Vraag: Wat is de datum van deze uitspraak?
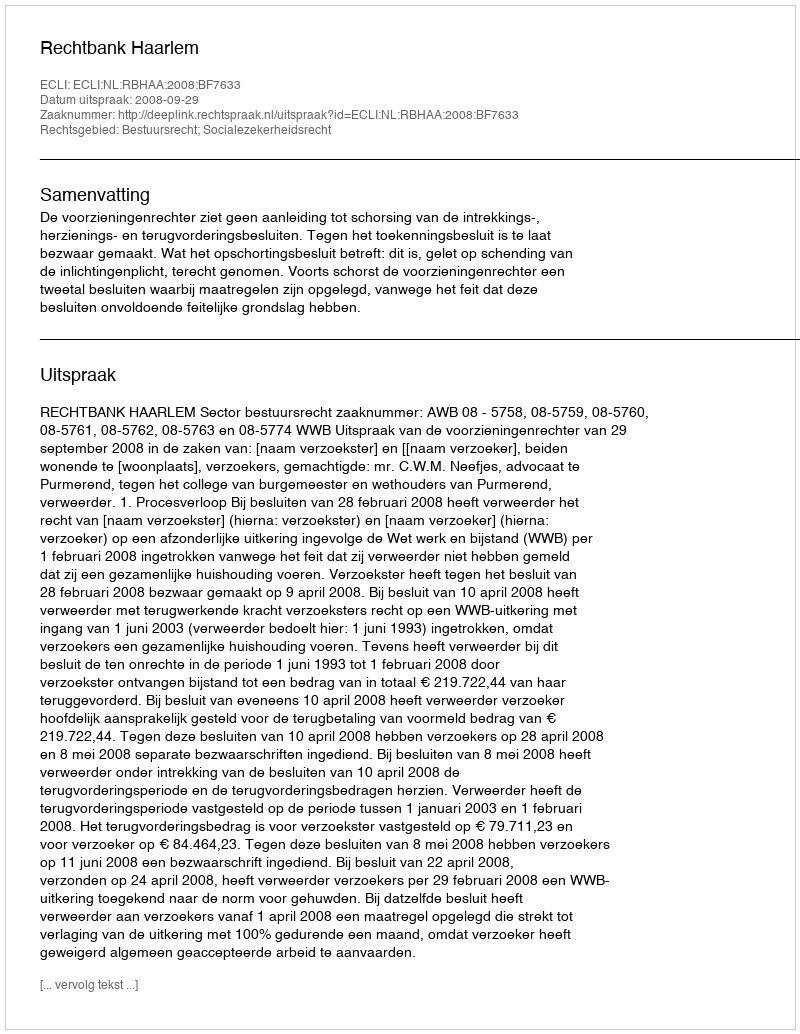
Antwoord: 2008-09-29